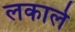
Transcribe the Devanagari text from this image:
लकाले